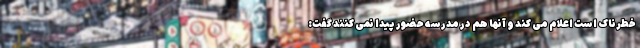
خطرناک است اعلام می کند و آنها هم در مدرسه حضور پیدا نمی کنند گفت: